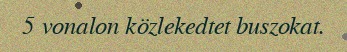
5 vonalon közlekedtet buszokat.